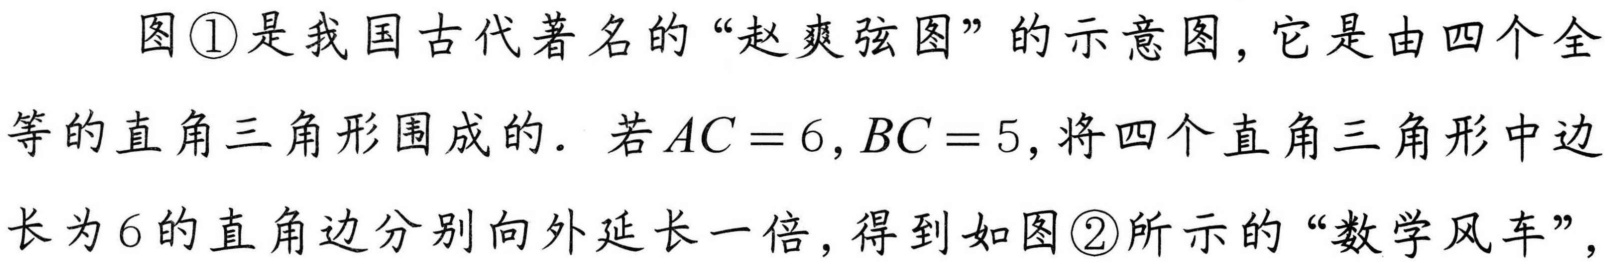
图\textcircled{1}是我国古代著名的“赵爽弦图”的示意图，它是由四个全
等的直角三角形围成的．若\(AC = 6,BC = 5,\)将四个直角三角形中边
长为\(6\)的直角边分别向外延长一倍，得到如图\textcircled{2}所示的“数学风车”，